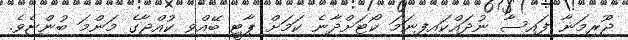
ޖޫރިމަނާ ފައިސާ ނުދައްކައިފިނަމަ ކޯޓަށްދާނެ ކަމަށް ޕާޓީ ބޭއްވި ކުއްޖާގެ މަންމަ ބުންޏެވެ.